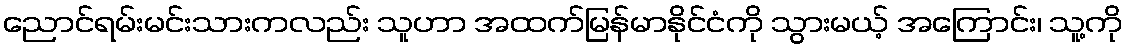
ညောင်ရမ်းမင်းသားကလည်း သူဟာ အထက်မြန်မာနိုင်ငံကို သွားမယ့် အကြောင်း၊ သူ့ကို